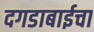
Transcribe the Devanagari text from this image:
दगडाबाईचा